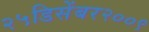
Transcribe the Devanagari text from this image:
२५डिसेंबर२००९